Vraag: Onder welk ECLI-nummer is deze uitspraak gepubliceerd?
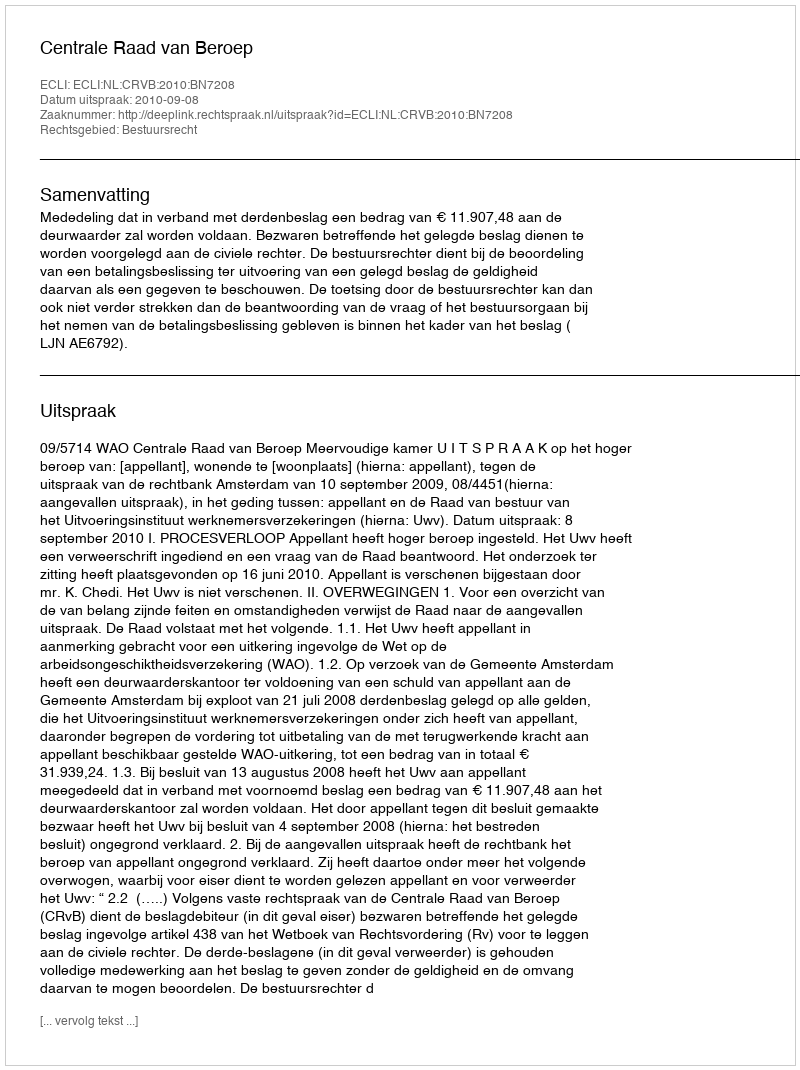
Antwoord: ECLI:NL:CRVB:2010:BN7208